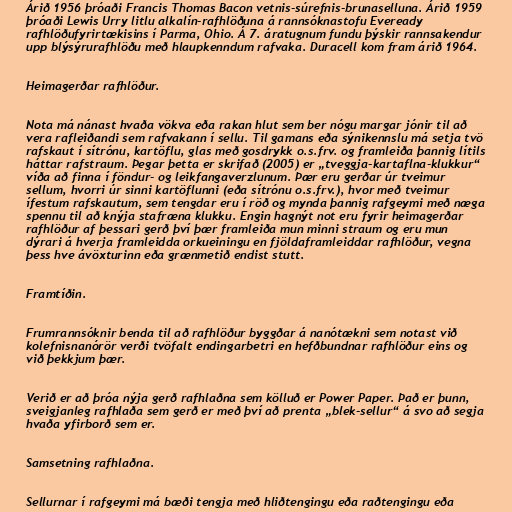
Árið 1956 þróaði Francis Thomas Bacon vetnis-súrefnis-brunaselluna. Árið 1959
þróaði Lewis Urry litlu alkalín-rafhlöðuna á rannsóknastofu Eveready
rafhlöðufyrirtækisins í Parma, Ohio. Á 7. áratugnum fundu þýskir rannsakendur
upp blýsýrurafhlöðu með hlaupkenndum rafvaka. Duracell kom fram árið 1964.

Heimagerðar rafhlöður.

Nota má nánast hvaða vökva eða rakan hlut sem ber nógu margar jónir til að
vera rafleiðandi sem rafvakann í sellu. Til gamans eða sýnikennslu má setja tvö
rafskaut í sítrónu, kartöflu, glas með gosdrykk o.s.frv. og framleiða þannig lítils
háttar rafstraum. Þegar þetta er skrifað (2005) er „tveggja-kartaflna-klukkur“
víða að finna í föndur- og leikfangaverzlunum. Þær eru gerðar úr tveimur
sellum, hvorri úr sinni kartöflunni (eða sítrónu o.s.frv.), hvor með tveimur
ífestum rafskautum, sem tengdar eru í röð og mynda þannig rafgeymi með næga
spennu til að knýja stafræna klukku. Engin hagnýt not eru fyrir heimagerðar
rafhlöður af þessari gerð því þær framleiða mun minni straum og eru mun
dýrari á hverja framleidda orkueiningu en fjöldaframleiddar rafhlöður, vegna
þess hve ávöxturinn eða grænmetið endist stutt.

Framtíðin.

Frumrannsóknir benda til að rafhlöður byggðar á nanótækni sem notast við
kolefnisnanórör verði tvöfalt endingarbetri en hefðbundnar rafhlöður eins og
við þekkjum þær.

Verið er að þróa nýja gerð rafhlaðna sem kölluð er Power Paper. Það er þunn,
sveigjanleg rafhlaða sem gerð er með því að prenta „blek-sellur“ á svo að segja
hvaða yfirborð sem er.

Samsetning rafhlaðna.

Sellurnar í rafgeymi má bæði tengja með hliðtengingu eða raðtengingu eða